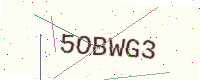
Text: 5OBWG3